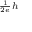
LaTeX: \scriptstyle { \frac { 1 } { 2 e } } h